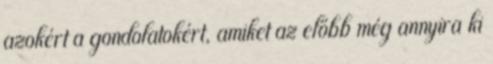
azokért a gondolatokért, amiket az előbb még annyira ki